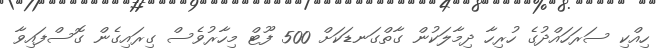
ހިއްކި ސަރަހައްދުގެ ހުރިހާ ދިމާލަކުން ގާތްގަނޑަކަށް 500 ފޫޓް މިހާރުވެސް ގިރައިގެން ގޮސްފައިވާ